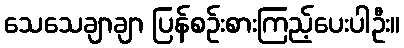
သေသေချာချာ ပြန်စဉ်းစားကြည့်ပေးပါဦး။